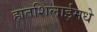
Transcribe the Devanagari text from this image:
हातशिलाईमधे